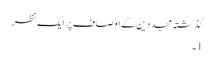
گذشتہ مجددین کے اوصاف پر ایک نظر
1۔